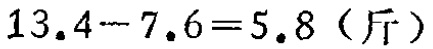
$13.4 - 7.6 = 5.8 \text{（斤）}$